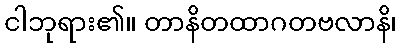
ငါဘုရား၏။ တာနိတထာဂတဗလာနိ၊